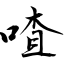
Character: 喳